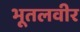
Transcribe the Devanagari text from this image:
भूतलवीर